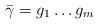
LaTeX: \begin{align*} \bar{\gamma}= g_1\dots g_m\end{align*}